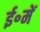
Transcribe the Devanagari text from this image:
ई॰में